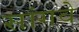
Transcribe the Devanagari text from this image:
सांगवे